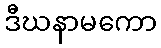
ဒီဃနာမကော